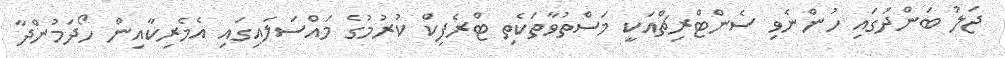
ޖަލު ބަންދުގައި ހުންނެވި ސެންޓްރިޗްއަކީ މަސްތުވާތަކެތި ޓްރެފިކް ކުރުމުގެ މައްސަލައިގައި އެމެރިކާއިން ހޯދަމުންދާ